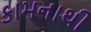
કામનાથી